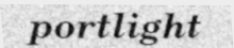
portlight